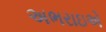
અભરાઇએ